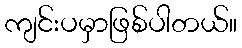
ကျင်းပမှာဖြစ်ပါတယ်။